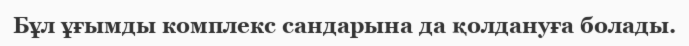
Бұл ұғымды комплекс сандарына да қолдануға болады.